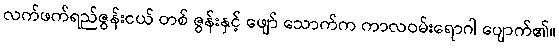
လက်ဖက်ရည်ဇွန်းငယ် တစ် ဇွန်းနှင့် ဖျော် သောက်က ကာလဝမ်းရောဂါ ပျောက်၏။